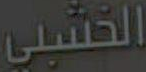
الخشبي